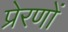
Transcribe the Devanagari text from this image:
प्रेरणों